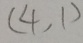
( 4 , 1 )